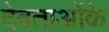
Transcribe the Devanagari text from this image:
देवताओंके